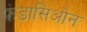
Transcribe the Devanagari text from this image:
फ़ंडासिओन